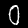
Label: 0